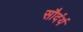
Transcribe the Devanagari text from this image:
सौदंर्य